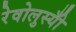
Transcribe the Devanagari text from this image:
रेवोलुस्योँ